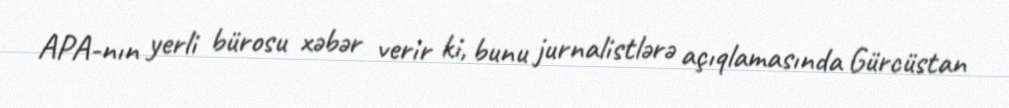
APA-nın yerli bürosu xəbər verir ki, bunu jurnalistlərə açıqlamasında Gürcüstan